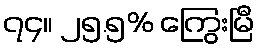
၇၄။ ၂၅.၅% ကြွေးမြီ